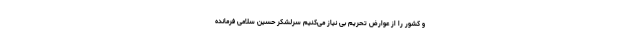
و کشور را از عوارض تحریم بی نیاز می‌کنیم سرلشکر حسین سلامی فرمانده